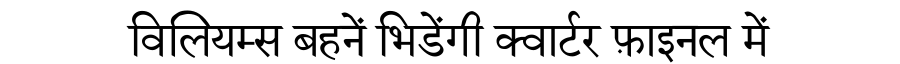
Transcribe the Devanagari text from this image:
विलियम्स बहनें भिडेंगी क्वार्टर फ़ाइनल में